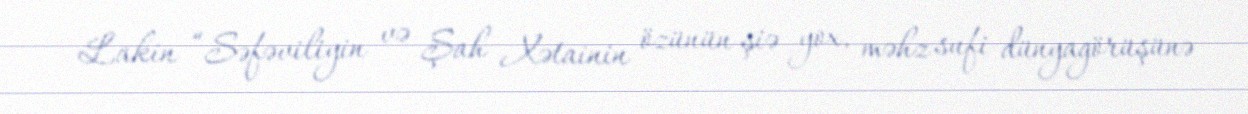
Lakin “Səfəviliyin və Şah Xətainin özünün şiə yox, məhz sufi dünyagörüşünə